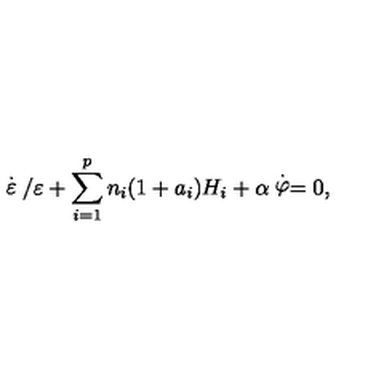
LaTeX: \stackrel { . } { \varepsilon } / \varepsilon + \sum _ { i = 1 } ^ { p } n _ { i } ( 1 + a _ { i } ) H _ { i } + \alpha \stackrel { . } { \varphi } = 0 ,